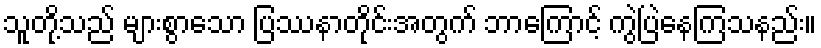
သူတို့သည် များစွာသော ပြဿနာတိုင်းအတွက် ဘာကြောင့် ကွဲပြဲနေကြသနည်း။